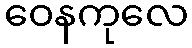
ဝေနကုလေ